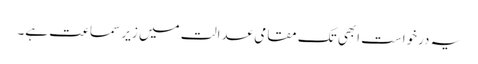
یہ درخواست ابھی تک مقامی عدالت میں زیر سماعت ہے۔